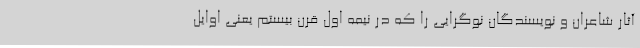
آثار شاعران و نویسندگان نوگرایی را که در نیمه اول قرن بیستم یعنی اوایل